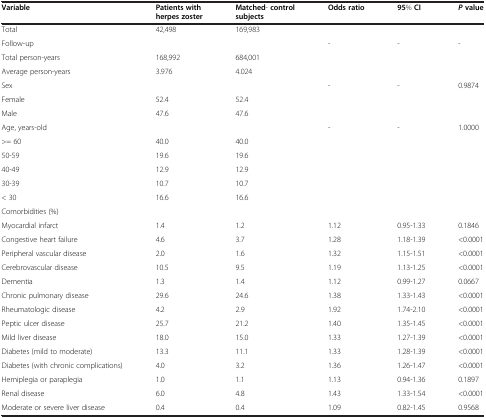
<table><thead><tr><td><b>Variable</b></td><td><b>Patients with herpes zoster</b></td><td><b>Matched- control subjects</b></td><td><b>Odds ratio</b></td><td><b>95% CI</b></td><td><b><i>P</i>value</b></td></tr></thead><tbody><tr><td>Total</td><td>42,498</td><td>169,983</td><td> </td><td> </td><td> </td></tr><tr><td>Follow-up</td><td> </td><td> </td><td>-</td><td>-</td><td>-</td></tr><tr><td>Total person-years</td><td>168,992</td><td>684,001</td><td> </td><td> </td><td> </td></tr><tr><td>Average person-years</td><td>3.976</td><td>4.024</td><td> </td><td> </td><td> </td></tr><tr><td>Sex</td><td> </td><td> </td><td>-</td><td>-</td><td>0.9874</td></tr><tr><td>Female</td><td>52.4</td><td>52.4</td><td> </td><td> </td><td> </td></tr><tr><td>Male</td><td>47.6</td><td>47.6</td><td> </td><td> </td><td> </td></tr><tr><td>Age, years-old</td><td> </td><td> </td><td>-</td><td>-</td><td>1.0000</td></tr><tr><td>&gt;= 60</td><td>40.0</td><td>40.0</td><td> </td><td> </td><td> </td></tr><tr><td>50-59</td><td>19.6</td><td>19.6</td><td> </td><td> </td><td> </td></tr><tr><td>40-49</td><td>12.9</td><td>12.9</td><td> </td><td> </td><td> </td></tr><tr><td>30-39</td><td>10.7</td><td>10.7</td><td> </td><td> </td><td> </td></tr><tr><td>&lt; 30</td><td>16.6</td><td>16.6</td><td> </td><td> </td><td> </td></tr><tr><td>Comorbidities (%)</td><td> </td><td> </td><td> </td><td> </td><td> </td></tr><tr><td>Myocardial infarct</td><td>1.4</td><td>1.2</td><td>1.12</td><td>0.95-1.33</td><td>0.1846</td></tr><tr><td>Congestive heart failure</td><td>4.6</td><td>3.7</td><td>1.28</td><td>1.18-1.39</td><td>&lt;0.0001</td></tr><tr><td>Peripheral vascular disease</td><td>2.0</td><td>1.6</td><td>1.32</td><td>1.15-1.51</td><td>&lt;0.0001</td></tr><tr><td>Cerebrovascular disease</td><td>10.5</td><td>9.5</td><td>1.19</td><td>1.13-1.25</td><td>&lt;0.0001</td></tr><tr><td>Dementia</td><td>1.3</td><td>1.4</td><td>1.12</td><td>0.99-1.27</td><td>0.0667</td></tr><tr><td>Chronic pulmonary disease</td><td>29.6</td><td>24.6</td><td>1.38</td><td>1.33-1.43</td><td>&lt;0.0001</td></tr><tr><td>Rheumatologic disease</td><td>4.2</td><td>2.9</td><td>1.92</td><td>1.74-2.10</td><td>&lt;0.0001</td></tr><tr><td>Peptic ulcer disease</td><td>25.7</td><td>21.2</td><td>1.40</td><td>1.35-1.45</td><td>&lt;0.0001</td></tr><tr><td>Mild liver disease</td><td>18.0</td><td>15.0</td><td>1.33</td><td>1.27-1.39</td><td>&lt;0.0001</td></tr><tr><td>Diabetes (mild to moderate)</td><td>13.3</td><td>11.1</td><td>1.33</td><td>1.28-1.39</td><td>&lt;0.0001</td></tr><tr><td>Diabetes (with chronic complications)</td><td>4.0</td><td>3.2</td><td>1.36</td><td>1.26-1.47</td><td>&lt;0.0001</td></tr><tr><td>Hemiplegia or paraplegia</td><td>1.0</td><td>1.1</td><td>1.13</td><td>0.94-1.36</td><td>0.1897</td></tr><tr><td>Renal disease</td><td>6.0</td><td>4.8</td><td>1.43</td><td>1.33-1.54</td><td>&lt;0.0001</td></tr><tr><td>Moderate or severe liver disease</td><td>0.4</td><td>0.4</td><td>1.09</td><td>0.82-1.45</td><td>0.9568</td></tr></tbody></table>